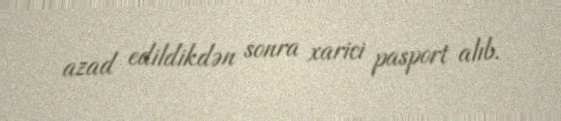
azad edildikdən sonra xarici pasport alıb.